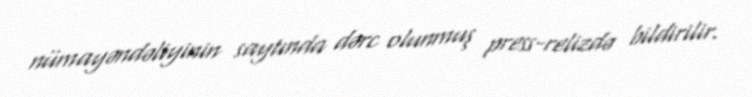
nümayəndəliyinin saytında dərc olunmuş press-relizdə bildirilir.